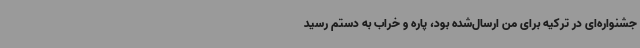
جشنواره‌ای در ترکیه برای من ارسال‌شده بود، پاره و خراب به دستم رسید